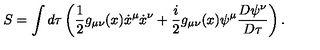
S = \int d \tau \left( \frac 1 2 g _ { \mu \nu } ( x ) \dot { x } ^ { \mu } \dot { x } ^ { \nu } + \frac { i } { 2 } g _ { \mu \nu } ( x ) \psi ^ { \mu } \frac { D \psi ^ { \nu } } { D \tau } \right) .